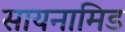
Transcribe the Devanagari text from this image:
सायनामिड